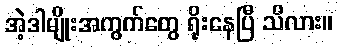
အဲ့ဒါမျိုးအကွက်တွေ ရိုးနေပြီ သိလား။